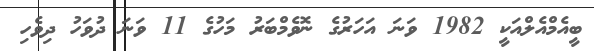
ބީއެމްއެލްއަކީ 1982 ވަނަ އަހަރުގެ ނޮވެމްބަރު މަހުގެ 11 ވަނަ ދުވަހު ދިވެހި